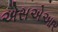
એસએઆર